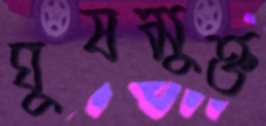
ঘুষমুক্ত